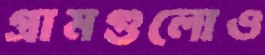
গ্রামগুলোও